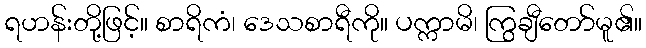
ရဟန်းတို့ဖြင့်။ စာရိကံ၊ ဒေသစာရီကို။ ပက္ကာမိ၊ ကြွချီတော်မူ၏။